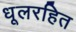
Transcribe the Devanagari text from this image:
धूलरहित